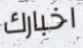
اخبارك